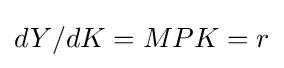
{dY}/{dK}=MPK=r